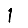
Digit: 1